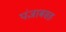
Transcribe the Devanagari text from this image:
पंजाबसह